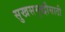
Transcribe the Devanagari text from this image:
सुखसमृद्धीसाठी